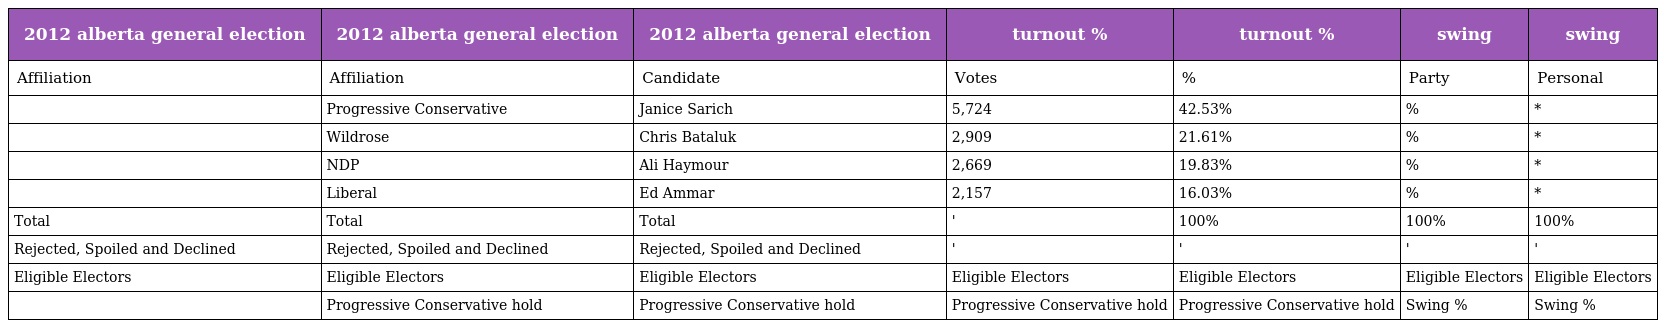
| 2012 alberta general election | 2012 alberta general election | 2012 alberta general election | turnout % | turnout % | swing | swing |
 | --- | --- | --- | --- | --- | --- | --- |
 | Affiliation | Affiliation | Candidate | Votes | % | Party | Personal |
 |  | Progressive Conservative | Janice Sarich | 5,724 | 42.53% | % | * |
 |  | Wildrose | Chris Bataluk | 2,909 | 21.61% | % | * |
 |  | NDP | Ali Haymour | 2,669 | 19.83% | % | * |
 |  | Liberal | Ed Ammar | 2,157 | 16.03% | % | * |
 | Total | Total | Total | ' | 100% | 100% | 100% |
 | Rejected, Spoiled and Declined | Rejected, Spoiled and Declined | Rejected, Spoiled and Declined | ' | ' | ' | ' |
 | Eligible Electors | Eligible Electors | Eligible Electors | Eligible Electors | Eligible Electors | Eligible Electors | Eligible Electors |
 |  | Progressive Conservative hold | Progressive Conservative hold | Progressive Conservative hold | Progressive Conservative hold | Swing % | Swing % |